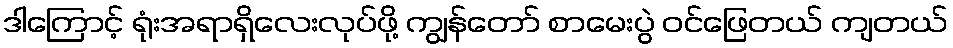
ဒါကြောင့် ရုံးအရာရှိလေးလုပ်ဖို့ ကျွန်တော် စာမေးပွဲ ဝင်ဖြေတယ် ကျတယ်